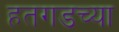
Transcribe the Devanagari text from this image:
हतगडच्या